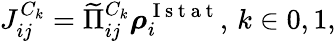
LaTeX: J_{ij}^{C_{k}}=\widetilde{\Pi}_{ij}^{C_{k}}\boldsymbol{\rho}_{i}^{\mathrm{~I~s~t~a~t~}},\, k\in{0,1},